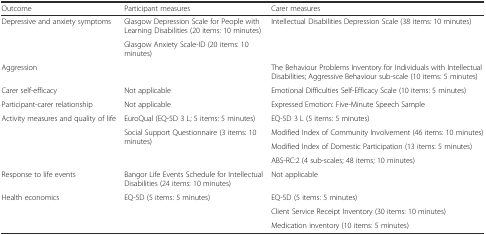
<table><thead><tr><td><b>Outcome</b></td><td><b>Participant measures</b></td><td><b>Carer measures</b></td></tr></thead><tbody><tr><td rowspan="2">Depressive and anxiety symptoms</td><td>Glasgow Depression Scale for People with Learning Disabilities (20 items: 10 minutes)</td><td rowspan="2">Intellectual Disabilities Depression Scale (38 items: 10 minutes)</td></tr><tr><td>Glasgow Anxiety Scale-ID (20 items: 10 minutes)</td></tr><tr><td>Aggression</td><td></td><td>The Behaviour Problems Inventory for Individuals with Intellectual Disabilities; Aggressive Behaviour sub-scale (10 items: 5 minutes)</td></tr><tr><td>Carer self-efficacy</td><td>Not applicable</td><td>Emotional Difficulties Self-Efficacy Scale (10 items: 5 minutes)</td></tr><tr><td>Participant-carer relationship</td><td>Not applicable</td><td>Expressed Emotion: Five-Minute Speech Sample</td></tr><tr><td>Activity measures and quality of life</td><td>EuroQual (EQ-5D 3 L; 5 items: 5 minutes)</td><td>EQ-5D 3 L (5 items: 5 minutes)</td></tr><tr><td rowspan="3"></td><td rowspan="3">Social Support Questionnaire (3 items: 10 minutes)</td><td>Modified Index of Community Involvement (46 items: 10 minutes)</td></tr><tr><td>Modified Index of Domestic Participation (13 items: 5 minutes)</td></tr><tr><td>ABS-RC:2 (4 sub-scales; 48 items; 10 minutes)</td></tr><tr><td>Response to life events</td><td>Bangor Life Events Schedule for Intellectual Disabilities (24 items: 10 minutes)</td><td>Not applicable</td></tr><tr><td rowspan="3">Health economics</td><td rowspan="3">EQ-5D (5 items: 5 minutes)</td><td>EQ-5D (5 items: 5 minutes)</td></tr><tr><td>Client Service Receipt Inventory (30 items: 10 minutes)</td></tr><tr><td>Medication inventory (10 items: 5 minutes)</td></tr></tbody></table>